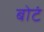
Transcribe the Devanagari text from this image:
बोटं